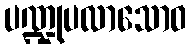
ပဏ္ဍုပလာသောဝ